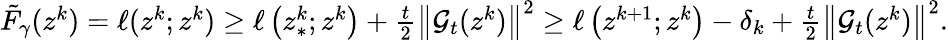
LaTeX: \begin{array}{r}{\tilde{F}_{\gamma}(z^{k})=\ell(z^{k};z^{k})\geq\ell\left(z_{*}^{k};z^{k}\right)+\frac{t}{2}\left\| \mathcal{G}_{t}(z^{k})\right\| ^{2}\geq\ell\left(z^{k+1};z^{k}\right)-\delta_{k}+\frac{t}{2}\left\| \mathcal{G}_{t}(z^{k})\right\| ^{2}.}\end{array}